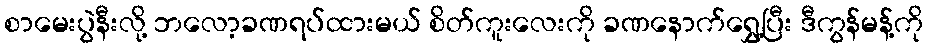
စာမေးပွဲနီးလို့ ဘလော့ခဏရပ်ထားမယ် စိတ်ကူးလေးကို ခဏနောက်ရွှေ့ပြီး ဒီကွန်မန့်ကို